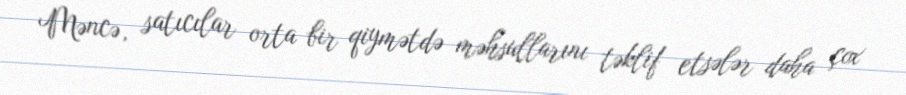
Məncə, satıcılar orta bir qiymətdə məhsullarını təklif etsələr daha çox